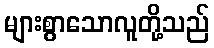
များစွာသောလူတို့သည်